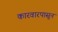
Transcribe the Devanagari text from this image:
कारवारपासून